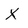
Character: X